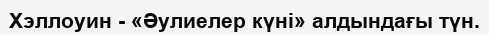
Хэллоуин - «Әулиелер күні» алдындағы түн.